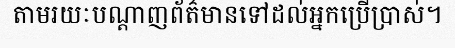
តាមរយៈបណ្តាញព័ត៌មានទៅដល់អ្នកប្រើប្រាស់។